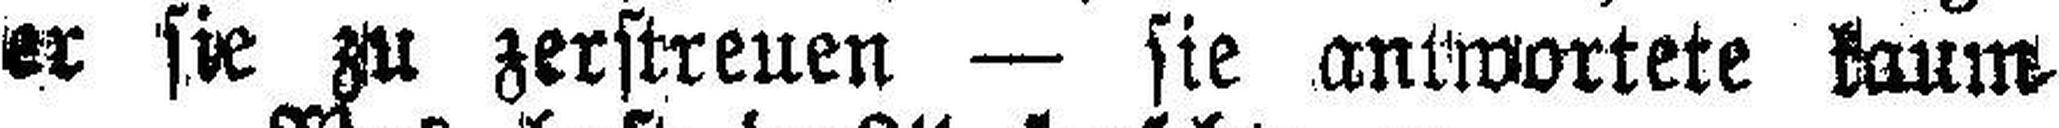
er sie zu zerstreuen — sie antwortete kaum